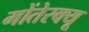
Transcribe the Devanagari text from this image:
मोंतेस्क्यू